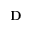
\mathbf { D }